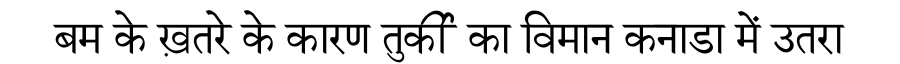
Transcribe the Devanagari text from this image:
बम के ख़तरे के कारण तुर्की का विमान कनाडा में उतरा